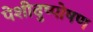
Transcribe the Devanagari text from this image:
पेशीदुष्पोषण